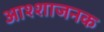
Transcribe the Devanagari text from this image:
आश्शाजनक